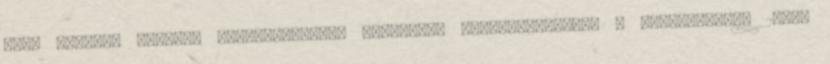
van. Kérjük, várjon. Megszorítások, reformok, versenyképesség – Magyarország 2006.